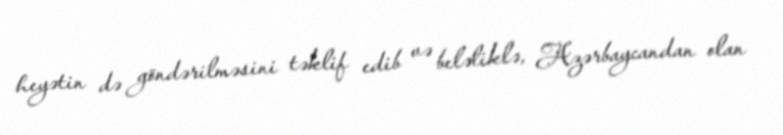
heyətin də göndərilməsini təklif edib və beləliklə, Azərbaycandan olan